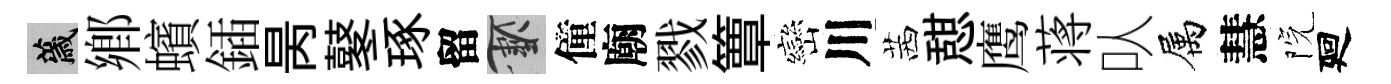
薉鄉蠙鍤昺鼕琢留草僮廟戮簟巒川茜憇鹰蒋㕥属慧院廻